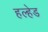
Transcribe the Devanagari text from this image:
हल्हेड